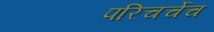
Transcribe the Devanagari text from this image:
परिचर्चेच